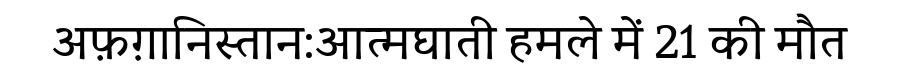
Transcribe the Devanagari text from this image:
अफ़ग़ानिस्तान:आत्मघाती हमले में 21 की मौत